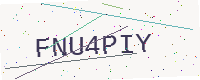
Text: FNU4PIY